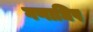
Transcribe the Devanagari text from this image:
गणाधिप